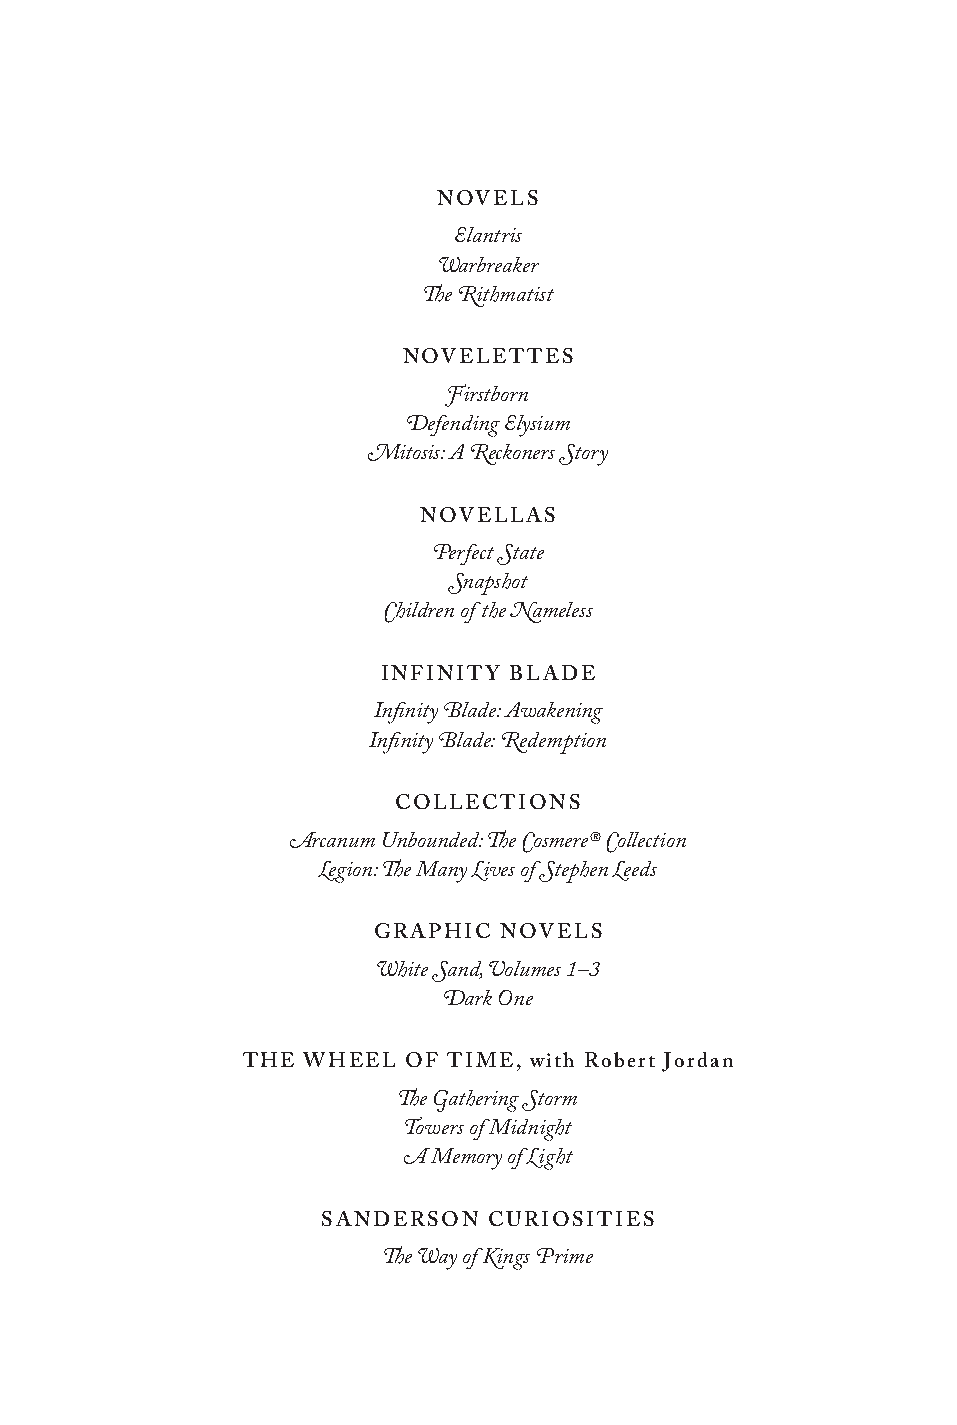
NOVELS
 Elantris
 Warbreaker
 The Rithmatist
 NOVELETTES
 Firstborn
 Defending Elysium
 Mitosis: A Reckoners Story
 NOVELLAS
 Perfect State
 Snapshot
 Children of the Nameless
 INFINITY BLADE
 Infinity Blade: Awakening
 Infinity Blade: Redemption
 COLLECTIONS
 Arcanum Unbounded: The Cosmere® Collection
 Legion: The Many Lives of Stephen Leeds
 GRAPHIC NOVELS
 White Sand, Volumes 1–3
 Dark One
 THE WHEEL  OF TIME, with Robert Jordan
 The Gathering Storm
 Towers of Midnight
 A Memory of Light
 SANDERSON  CURIOSITIES
 The Way of Kings Prime